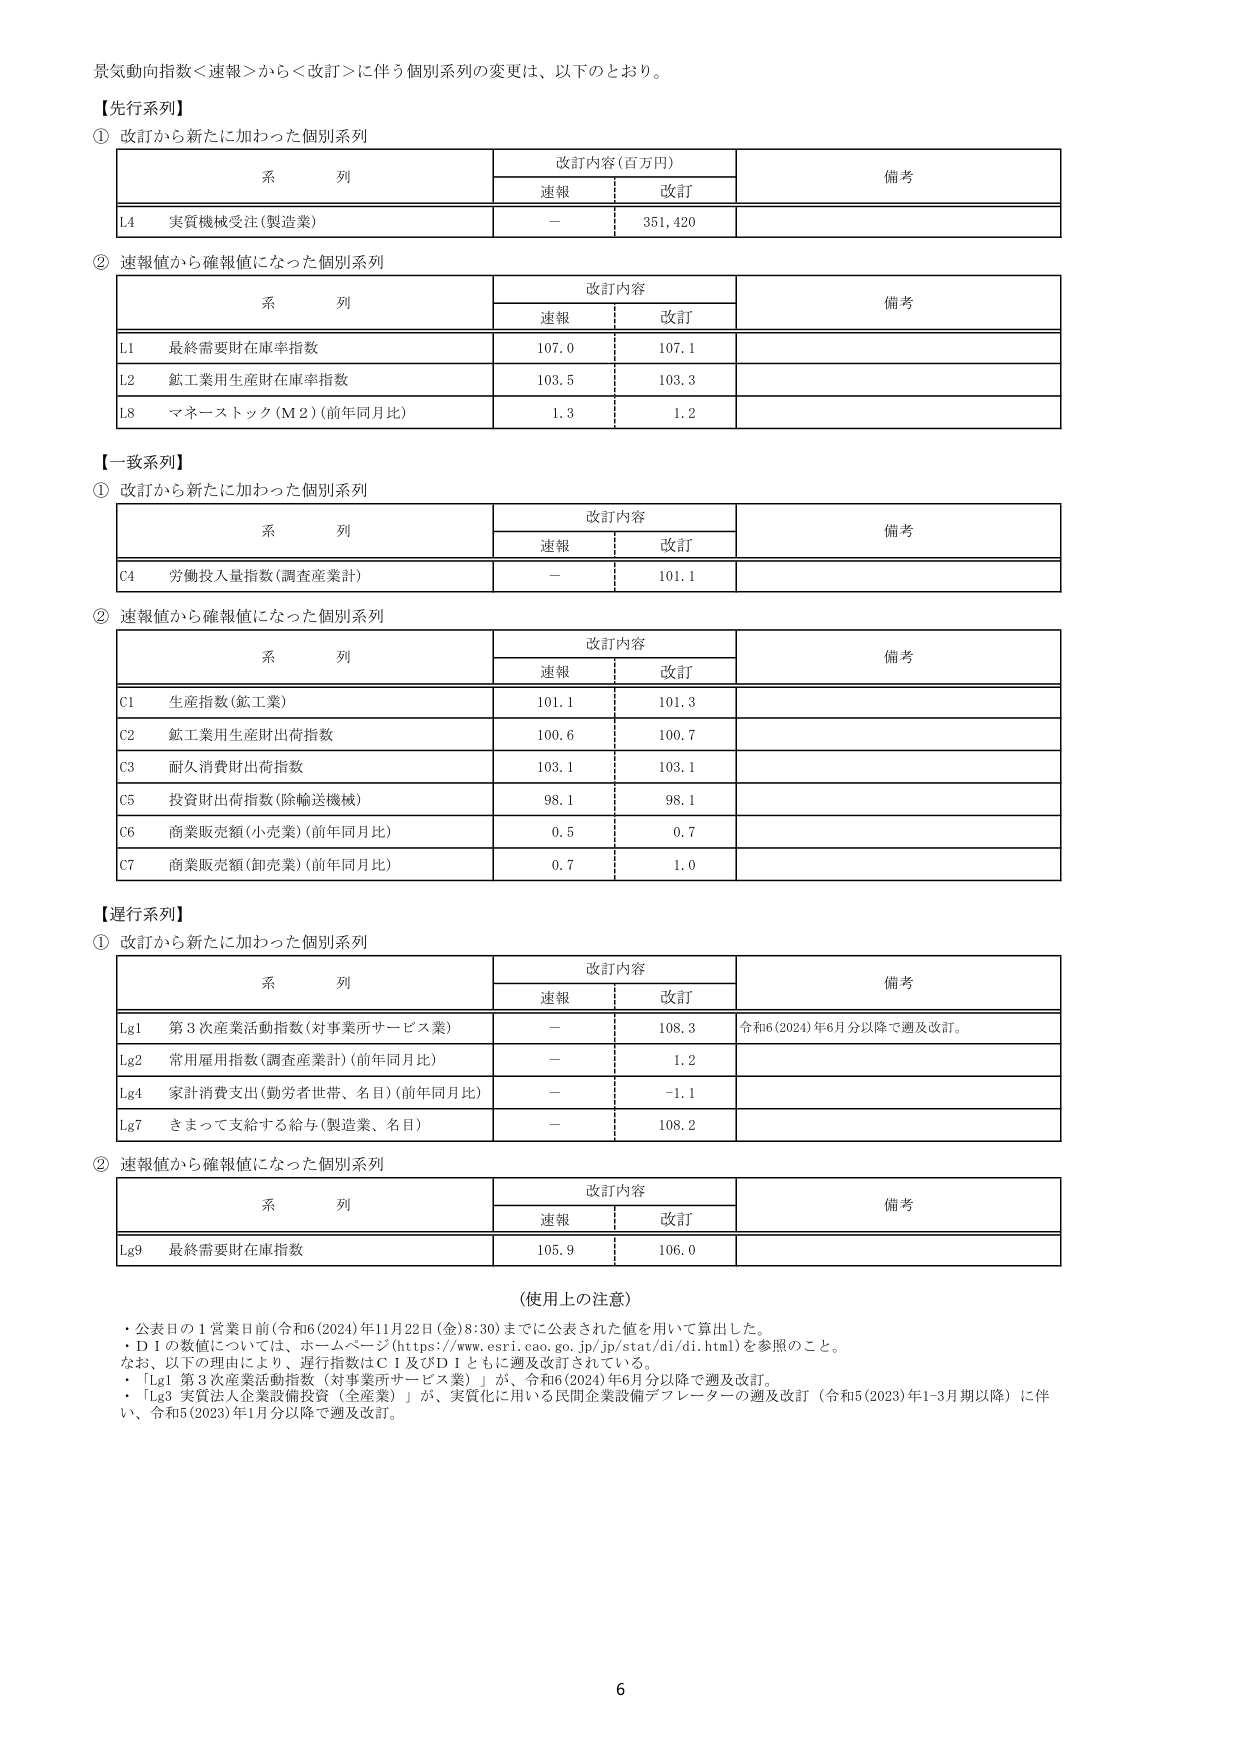
景気動向指数＜速報＞から＜改訂＞に伴う個別系列の変更は、以下のとおり。

【先行系列】

① 改訂から新たに加わった個別系列

| 系列 | 改訂内容（百万円） | 備考 |
|------|------------------|------|
|      | 速報             | 改訂 |      |
| L4   | 実質機械受注（製造業） | －   | 351,420 |

② 速報値から確報値になった個別系列

| 系列 | 改訂内容 | 備考 |
|------|----------|------|
|      | 速報     | 改訂 |      |
| L1   | 最終需要財在庫率指数 | 107.0 | 107.1 |
| L2   | 鉱工業用生産財在庫率指数 | 103.5 | 103.3 |
| L8   | マネーストック（M2）（前年同月比） | 1.3 | 1.2 |

【一致系列】

① 改訂から新たに加わった個別系列

| 系列 | 改訂内容 | 備考 |
|------|----------|------|
|      | 速報     | 改訂 |      |
| C4   | 労働投入量指数（調査産業計） | －   | 101.1 |

② 速報値から確報値になった個別系列

| 系列 | 改訂内容 | 備考 |
|------|----------|------|
|      | 速報     | 改訂 |      |
| C1   | 生産指数（鉱工業） | 101.1 | 101.3 |
| C2   | 鉱工業用生産財出荷指数 | 100.6 | 100.7 |
| C3   | 耐久消費財出荷指数 | 103.1 | 103.1 |
| C5   | 投資財出荷指数（除輸送機械） | 98.1 | 98.1 |
| C6   | 商業販売額（小売業）（前年同月比） | 0.5 | 0.7 |
| C7   | 商業販売額（卸売業）（前年同月比） | 0.7 | 1.0 |

【遅行系列】

① 改訂から新たに加わった個別系列

| 系列 | 改訂内容 | 備考 |
|------|----------|------|
|      | 速報     | 改訂 |      |
| Lg1  | 第3次産業活動指数（対事業所サービス業） | －   | 108.3 | 令和6（2024）年6月分以降で遡及改訂。 |
| Lg2  | 常用雇用指数（調査産業計）（前年同月比） | －   | 1.2 | |
| Lg4  | 家計消費支出（勤労者世帯、名目）（前年同月比） | －   | -1.1 | |
| Lg7  | きまって支給する給与（製造業、名目） | －   | 108.2 | |

② 速報値から確報値になった個別系列

| 系列 | 改訂内容 | 備考 |
|------|----------|------|
|      | 速報     | 改訂 |      |
| Lg9  | 最終需要財在庫指数 | 105.9 | 106.0 | |

（使用上の注意）

・公表日の1営業日前（令和6（2024）年11月22日（金）8:30）までに公表された値を用いて算出した。
・D1の数値については、ホームページ（https://www.esri.cao.go.jp/jp/stat/di/di.html）を参照のこと。
なお、以下の理由により、遅行指数はC1及びD1ともに遡及改訂されている。
・「Lg1 第3次産業活動指数（対事業所サービス業）」が、令和6（2024）年6月分以降で遡及改訂。
・「Lg3 実質法人企業設備投資（全産業）」が、実質化に用いる民間企業設備デフレーターの遡及改訂（令和5（2023）年1-3月期以降）に伴い、令和5（2023）年1月分以降で遡及改訂。

6